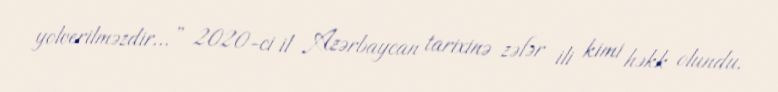
yolverilməzdir...” 2020-ci il Azərbaycan tarixinə zəfər ili kimi həkk olundu.